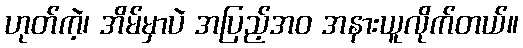
ဟုတ်ကဲ့၊ အိမ်မှာပဲ အပြည့်အဝ အနားယူလိုက်တယ်။